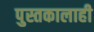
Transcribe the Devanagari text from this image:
पुस्तकालाही